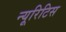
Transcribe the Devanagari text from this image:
न्यूरिटिस